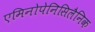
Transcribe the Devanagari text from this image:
एमिनोपेनिसिलैनिक